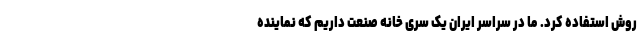
روش استفاده کرد. ما در سراسر ایران یک سری خانه صنعت داریم که نماینده